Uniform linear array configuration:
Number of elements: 16
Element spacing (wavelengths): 0.5
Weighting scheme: hamming
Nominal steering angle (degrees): -45
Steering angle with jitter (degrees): -44.886
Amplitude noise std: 0.05
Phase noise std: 0.05

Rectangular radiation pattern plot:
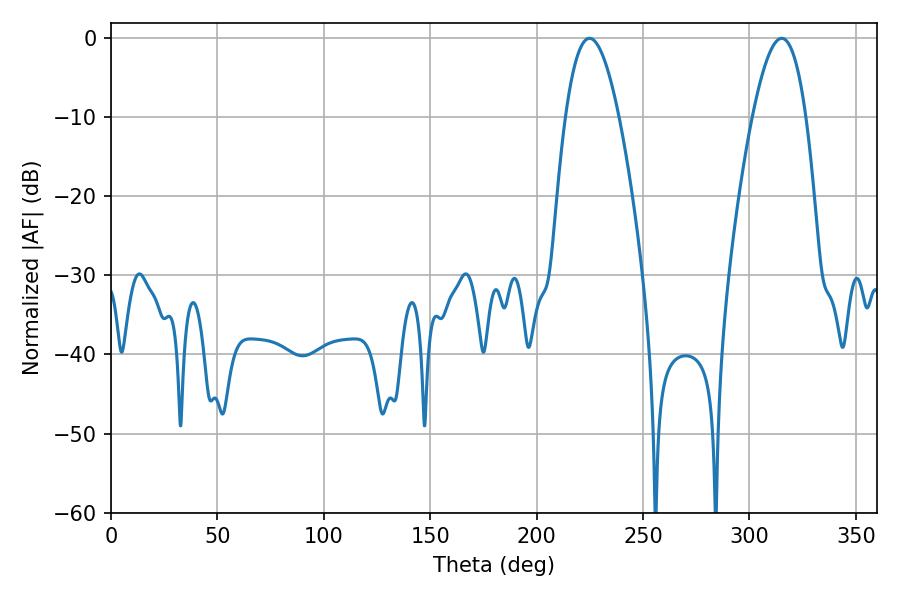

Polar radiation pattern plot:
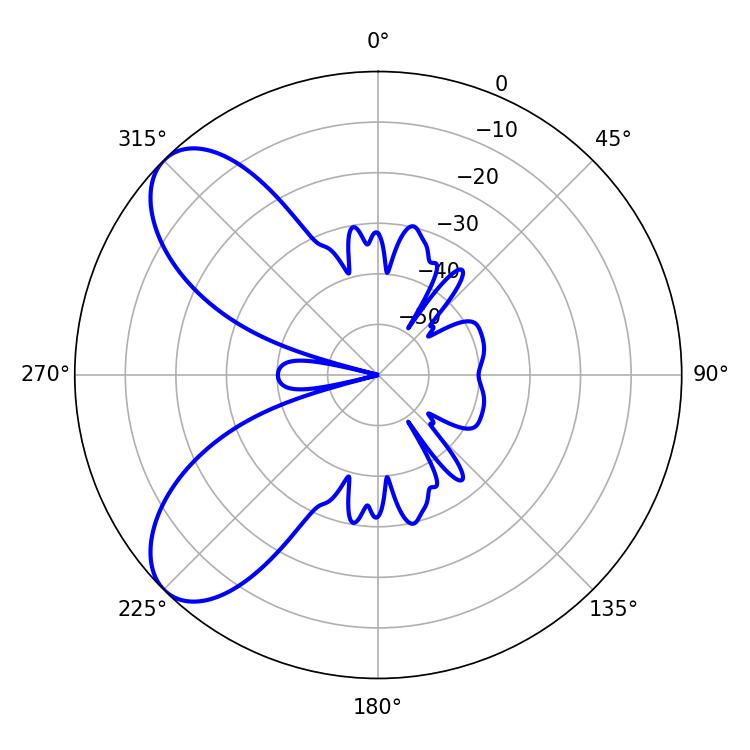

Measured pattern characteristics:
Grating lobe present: FALSE
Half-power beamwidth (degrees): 13.68
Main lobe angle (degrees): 224.82